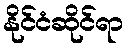
နိုင်ငံဆိုင်ရာ